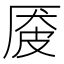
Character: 𪠏